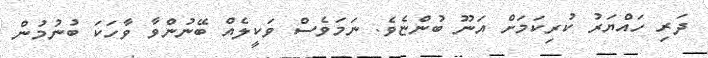
ދަރި ހައްޔަރު ކުރިކަމަށް އަނޫ ބުންޏެވެ. ނަމަވެސް ވަކީލެއް ބޭނުންވާ ވާހަކަ ބުނުމުން